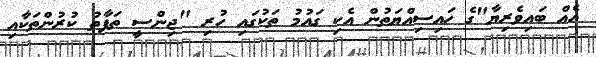
އެއް ބައިވެރިޔާ"ގެ ހައިސިއްޔަތުން އެކި ގައުމު ތަކުގައި ހުރި "ޖިންސީ ތަފާތު ކުރުންތަކާއި